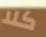
كلا